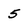
Character: 5